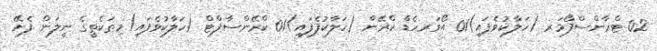
02 ޓްރާންސްފޯމަރ (ހަލާކުވެފައި)01 އޯވަރހެޑް ކްރޭން (ހަލާކުފެފައި)01 ކްރޭންސާފްޓް (ހަލާކުވެފައި)މިތަކެތީގެ ނީލަން ފެށޭ